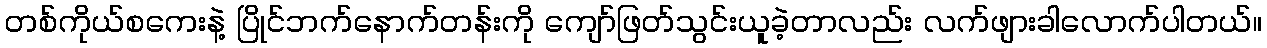
တစ်ကိုယ်စကေးနဲ့ ပြိုင်ဘက်နောက်တန်းကို ကျော်ဖြတ်သွင်းယူခဲ့တာလည်း လက်ဖျားခါလောက်ပါတယ်။